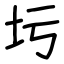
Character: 圬